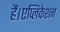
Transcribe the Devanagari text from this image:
हैं।एप्लिकेशन